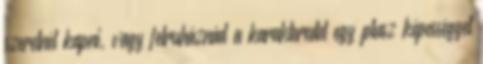
szeretnél kapni, vagy felruháznád a karakteredet egy plusz képességgel